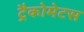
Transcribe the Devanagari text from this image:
ट्रैकोमेटस